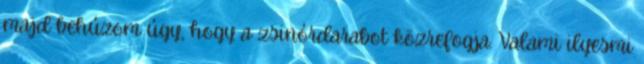
majd behúzom úgy, hogy a zsinórdarabot közrefogja. Valami ilyesmi